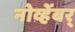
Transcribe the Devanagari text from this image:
नोव्हेंबर्